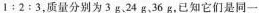
$$1：2 : 3$$，质量分别为 3 g、24 g、36 g，已知它们是同一